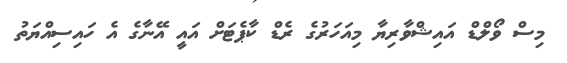
މިސް ވޯލްޑް އައިޝްވާރިޔާ މިއަހަރުގެ ރެޑް ކާޕެޓަށް އައީ އޭނާގެ އެ ހައިސިއްޔަތު